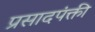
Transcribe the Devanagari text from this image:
प्रसादपंक्ती